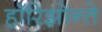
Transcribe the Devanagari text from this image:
हॉरिझोन्ते